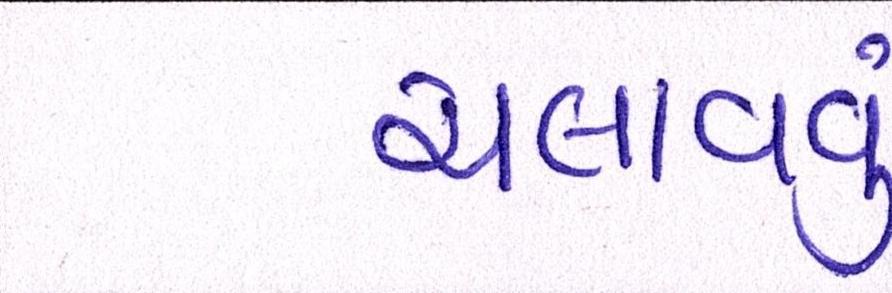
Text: ચલાવવું